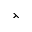
\leftthreetimes